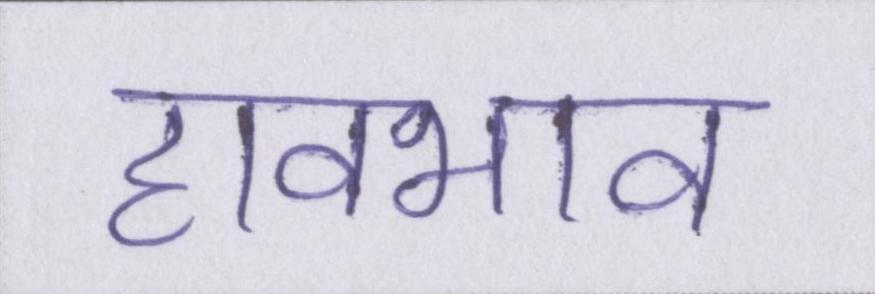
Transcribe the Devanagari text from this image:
हावभाव